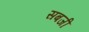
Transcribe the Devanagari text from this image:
सबजी